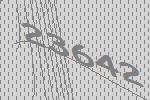
23642